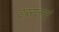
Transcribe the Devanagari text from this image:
डबरालसयुं